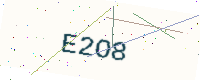
Text: E2O8